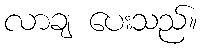
လာချ ပေးသည်။